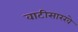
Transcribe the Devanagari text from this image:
वाटीसारखे